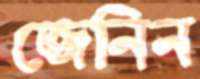
জেনিন